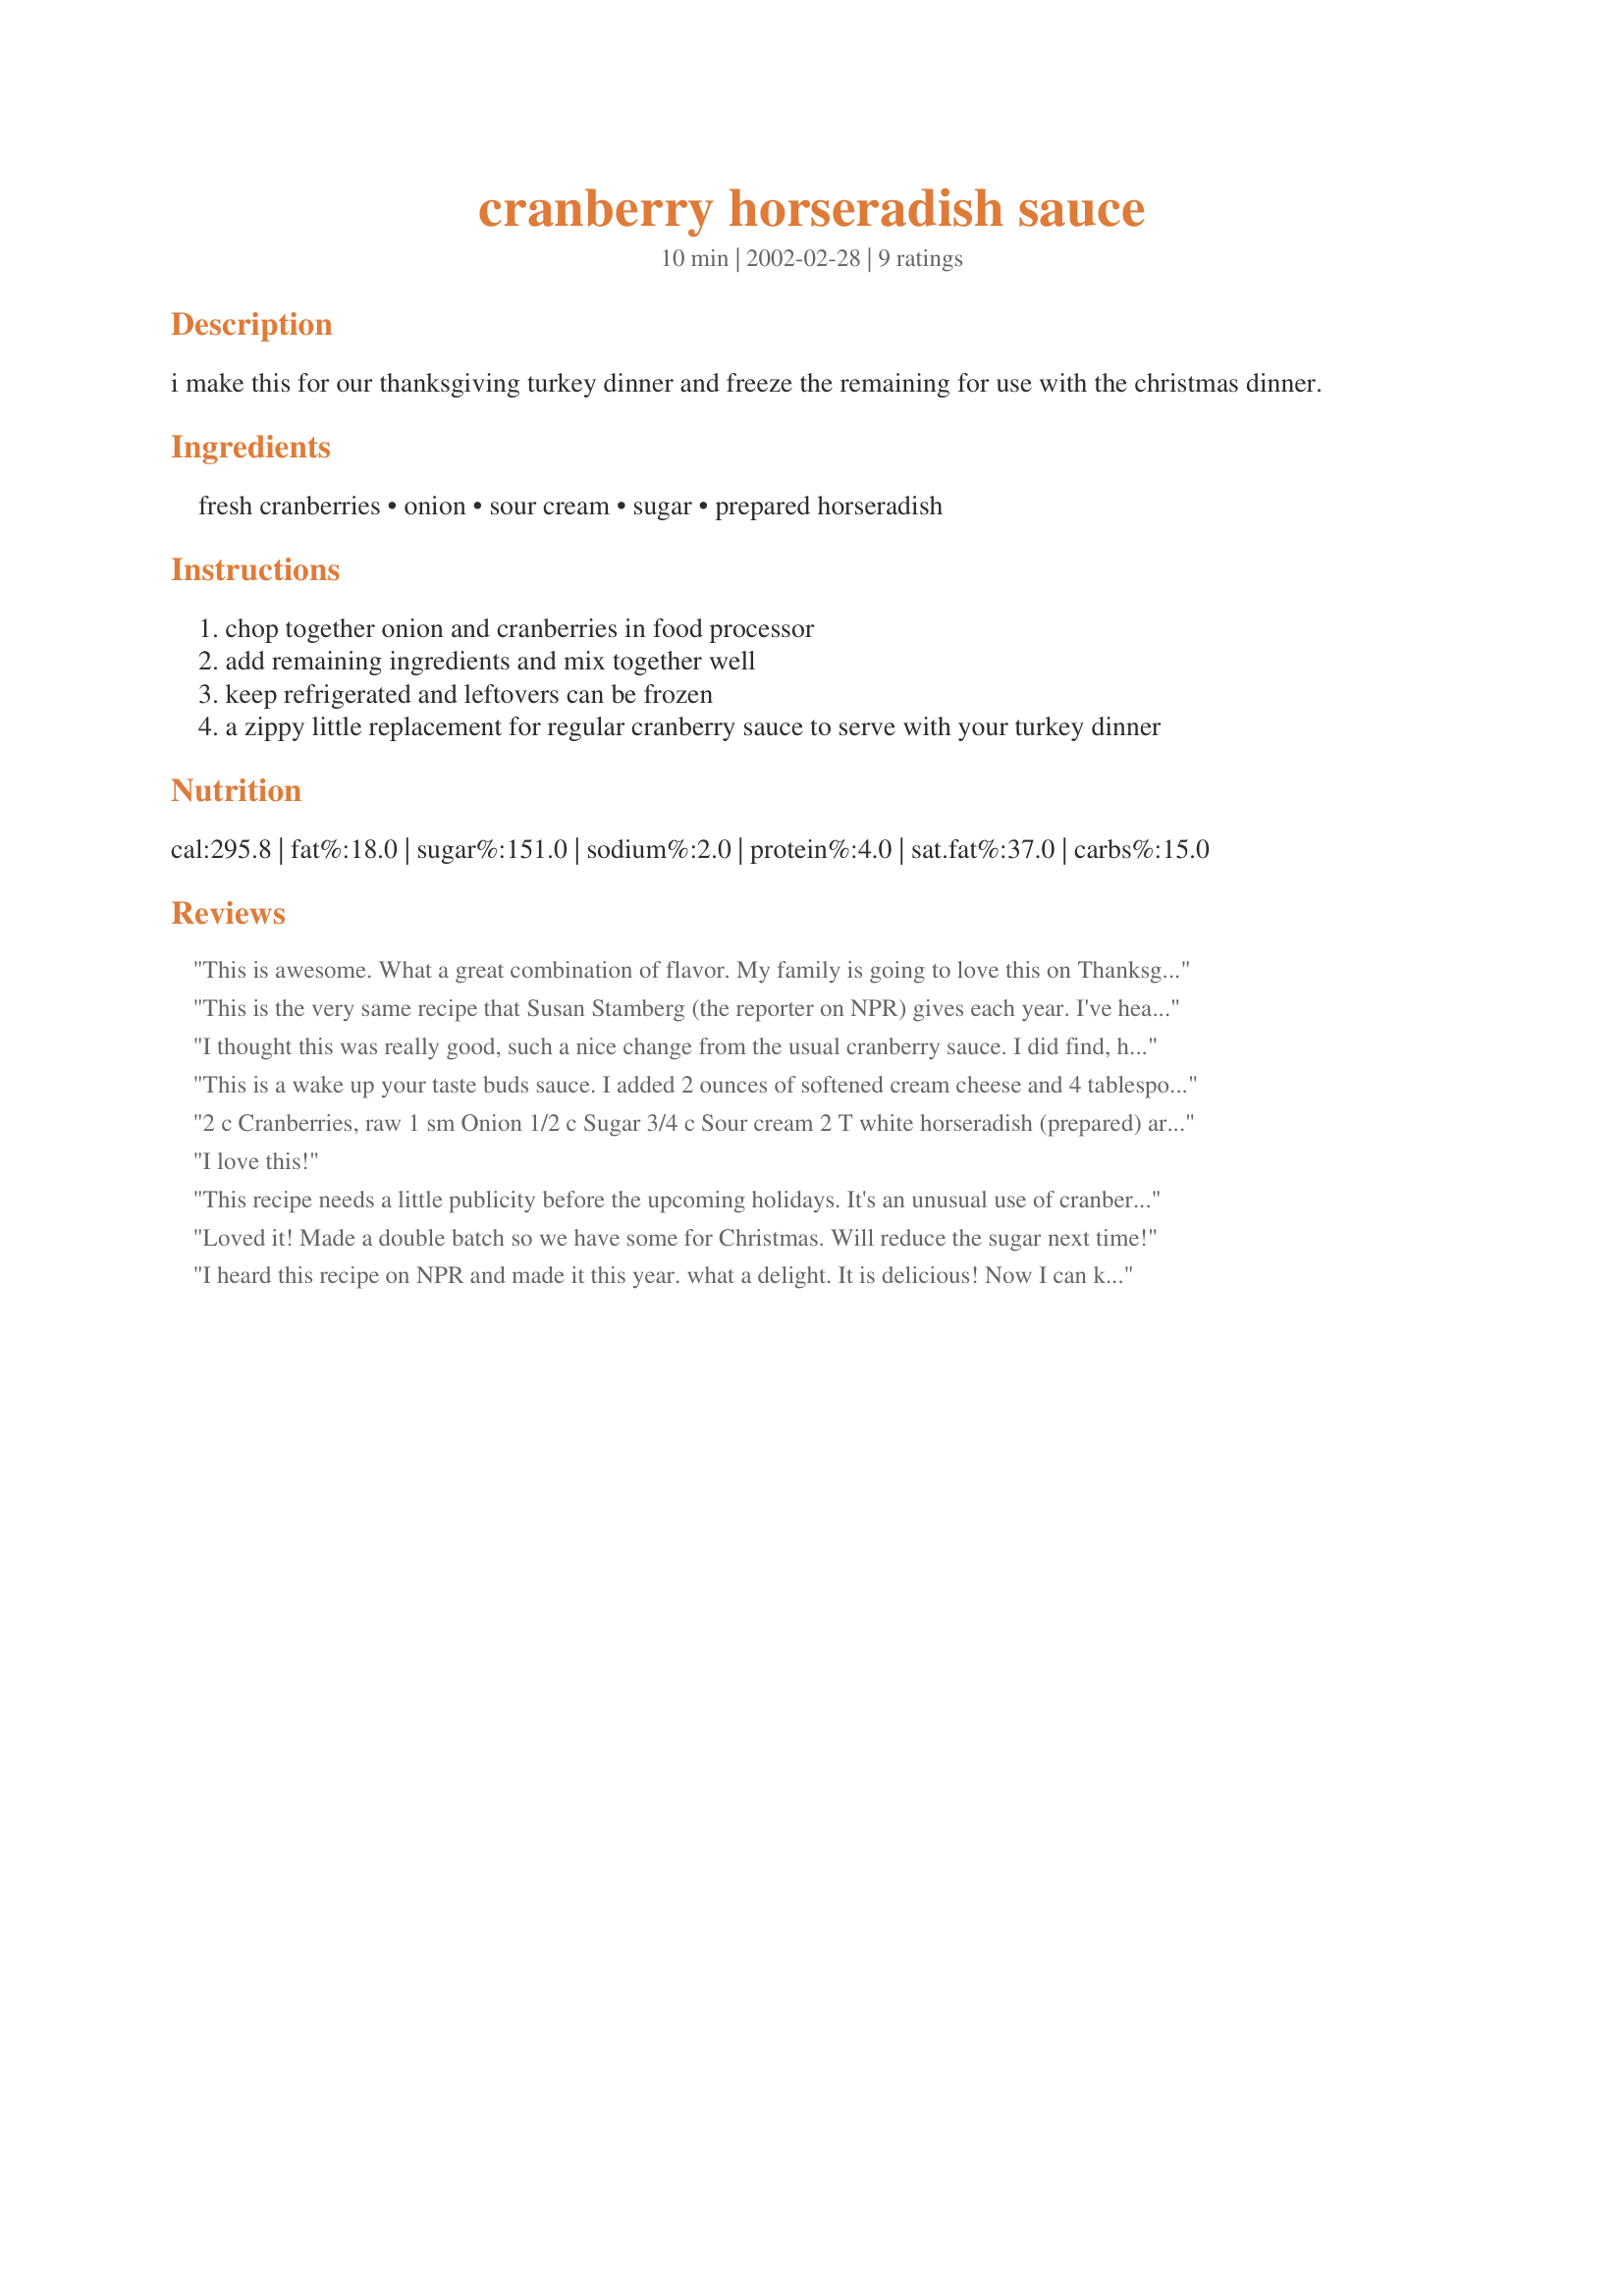
cranberry horseradish sauce
Preparation time: 10 minutes

i make this for our thanksgiving turkey dinner and freeze the remaining for use with the christmas dinner.

Ingredients:
fresh cranberries, onion, sour cream, sugar, prepared horseradish

Steps:
chop together onion and cranberries in food processor
add remaining ingredients and mix together well
keep refrigerated and leftovers can be frozen
a zippy little replacement for regular cranberry sauce to serve with your turkey dinner

Reviews:
This is awesome. What a great combination of flavor. My family is going to love this on Thanksgiving day. I took the advise of Rita and added 2 ounces of softened cream cheese but left the horseradish the same. Thanks so much for posting.
This is the very same recipe that Susan Stamberg (the reporter on NPR) gives each year. I've heard her give it for at least 10 -- maybe 15? -- years, and finally decided to give it a try this year. It was wonderful. Don't know if Susan Stamberg's mother-in-law originated this or not, but she definitely deserves credit for popularizing it!
I thought this was really good, such a nice change from the usual cranberry sauce. I did find, however, that my Thanksgiving guests either loved it or hated it. There were a couple of people who couldn't believe I'd combine horseradish and cranberries. :-)
This is a wake up your taste buds sauce. I added 2 ounces of softened cream cheese and 4 tablespoons horseradish. We like it spicy! The cream cheese give it a bit more body. Thanks Babs!
2 c Cranberries, raw
1 sm Onion
1/2 c Sugar
3/4 c Sour cream
2 T white horseradish (prepared)

are the exacts ingredients in mama stamberg's classic cranberry relish. The only thing different is in the recipe i use to make mama's relish calls for it to be made in advance and frozzen then defrosted sightly on thanksgiving. I think being frozen gives it a lot more body.
This was always a hit for thanksgiving at my grandparents house and now that they have passed away, at mine.
I love this!
This recipe needs a little publicity before the upcoming holidays. It's an unusual use of cranberries, but everyone loves it (unless they don't like horseradish.) My original copy suggests it as a condiment for those left over turkey sandwiches. Don't process it too fine; leave a little chunky. You'll have a new tradition if you try this just once.
Right, Babs?
Loved it! Made a double batch so we have some for Christmas. Will reduce the sugar next time!
I heard this recipe on NPR and made it this year. what a delight. It is delicious! Now I can keep it in my cookbook without posting myself to remember. Thank you.
